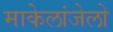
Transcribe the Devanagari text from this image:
माकेलांजेलो